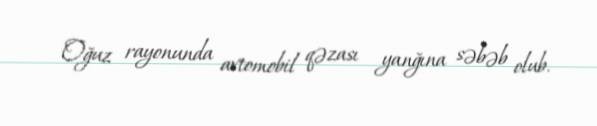
Oğuz rayonunda avtomobil qəzası yanğına səbəb olub.